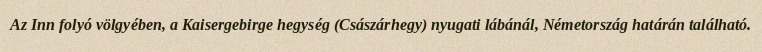
Az Inn folyó völgyében, a Kaisergebirge hegység (Császárhegy) nyugati lábánál, Németország határán található.